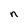
Character: n